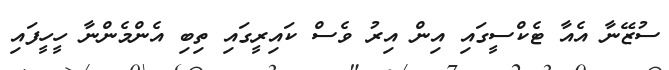
ސުޒޭނާ އެއާ ޓެކްސީގައި އިން އިރު ވެސް ކައިރީގައި ތިބި އެންމެންނާ ހީހީފައި